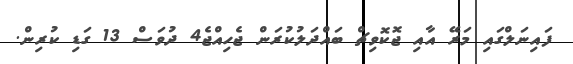
ފައިނަލްގައި މަރޭ އާއި ޖޮކޮވިޗް ބައްދަލުކުރަން ޖެހިއްޖެ4 ދުވަސް 13 ގަޑި ކުރިން.